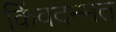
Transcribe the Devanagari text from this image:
किंवदन्मत